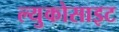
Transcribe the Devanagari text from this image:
ल्युकोसाइट